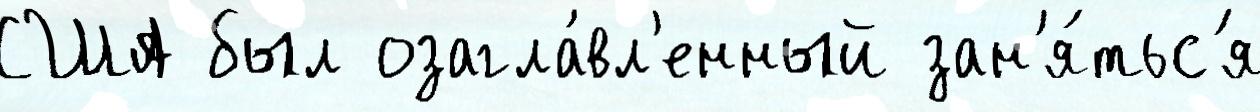
США был озагла́вл'енный зан'я́тьс'я